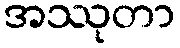
အဿုတာ